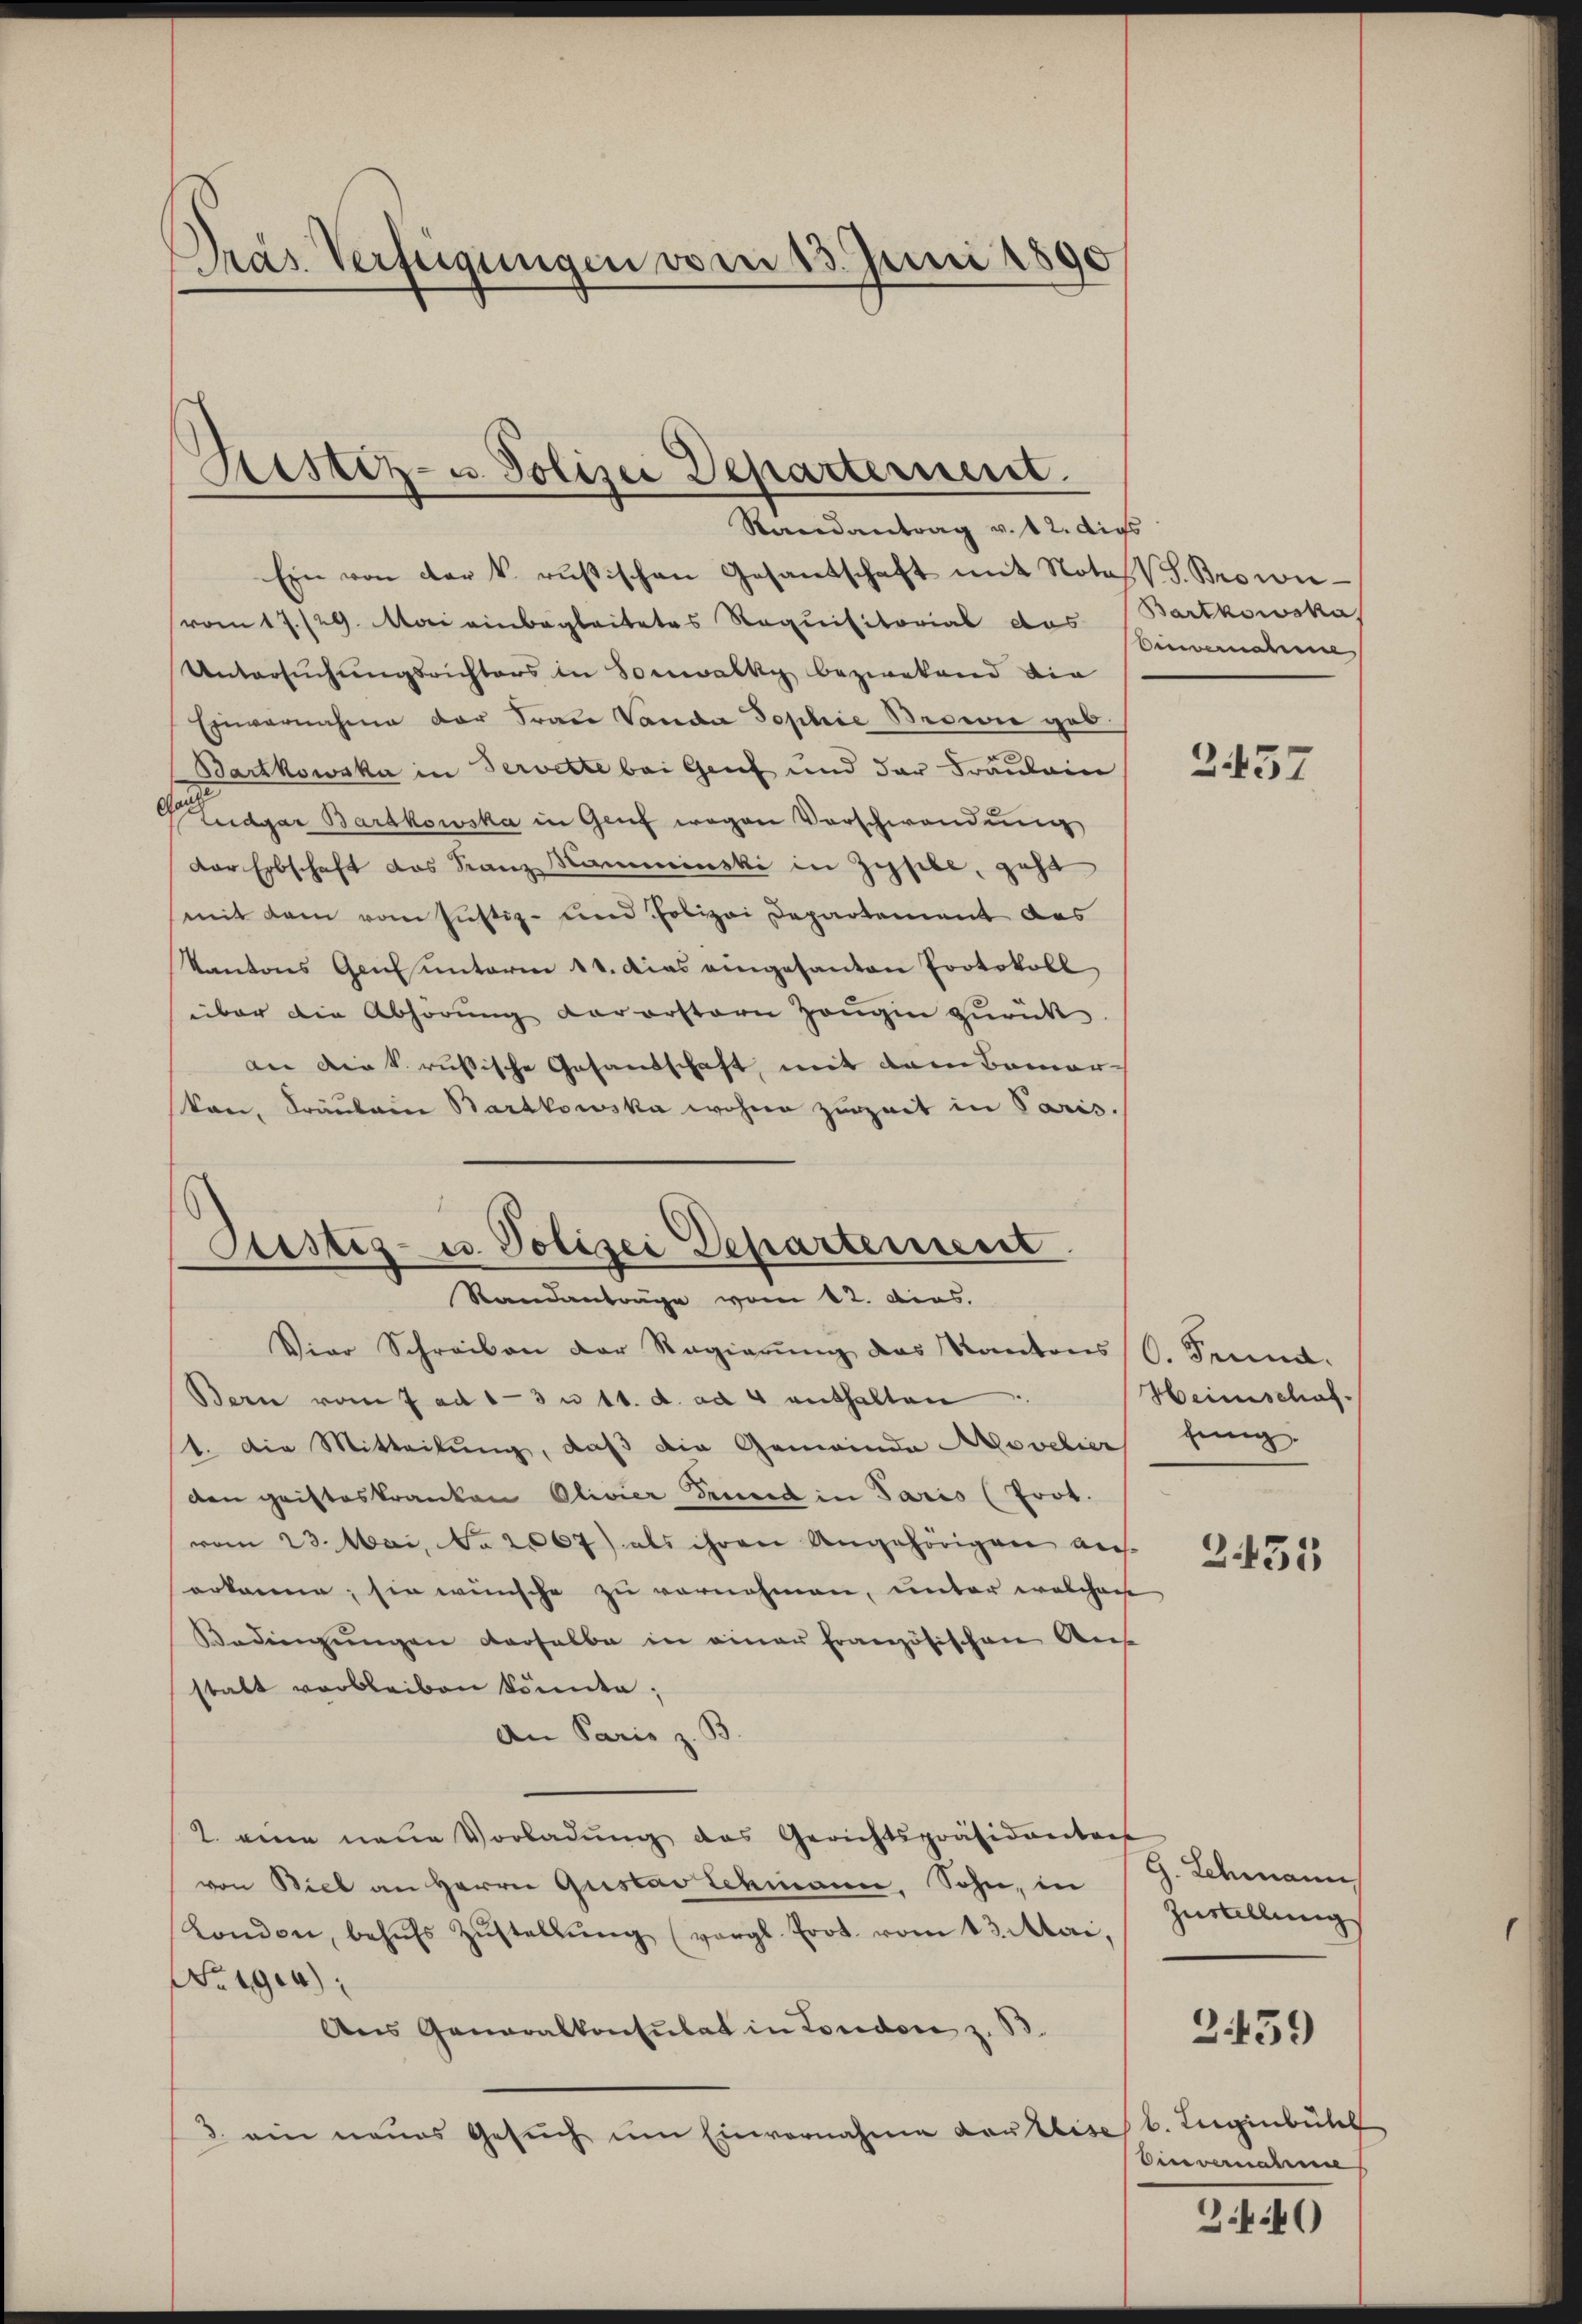
Dras Verfügungen vom 13. Juni 1890

.
Sistiz- u. Polizei Departerient.
Randantrag v. 12. dies

Ein von der k. rusischen Gesandschaft mit Notes J. Browie
vom 17./29. Mai einbegleitetes Requisitorial das Einvernahme
Untersuchungsrichters in Sonwacky bezwekend die
Einvernahme der Frau Vanda Sophie Browie geb.
Bartkowska in Servette bei Genf und der Fräulein
Ludgar Bardkowska in Genf wegen Vorschwendung
der Erbschaft das Franz Kamminski in Zysibe, geht
(mit dem vom Justiz- und Polizei Departement des
Kantons Genf unterm 11. dies eingesanten Protokoll
über die Abhörung vorerstern Zeŭgen zŭrück.
dnn die k. russische Gesandschaft, mit dem Bemer
kon, Fräulein Barakowska wohne zuzeit in Paris.
Sistiz- u. Polizei Departenseit

Standanträge vom 12. das.

Bartkowska

Viar Schreiben der Regierŭng des Kantons (S. Senne.
Bern vom 7 ad 1-3 u 11. d. ad 4 enthalten
1. Die Mitteilung, daß die Gemeinde Movelier sing.
den Cristeskranken Olivier Fenned in Paris (Prot.
vom 23. Mai, No. 2067) als ihren Ungehörigen aus.
erkanne; sie wünsche zu vornehmen, unter welchen
Bedingungen derselbe in einer Französischen Aus
statt verbleiben könnte;
An Paris z. B.
2. eine neue Vorladung des Gerichtspräsidantens
von Biel an Herrn Gustav Schmann, Sohn, in
London, behŭfs Zŭstellŭng (vergl. Prot. vom 13. Mai,
No 1914)
Aus Generalkonsulat in London z. B.
3. ein neues Gesŭch ŭm Einvernahme der Weise

2457

Heimschaf

Z 135

G. Schmann
Zustellung
359
b. Liegenbühl
Einvernahme

34.40)